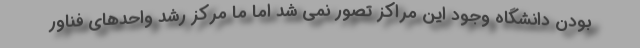
بودن دانشگاه وجود این مراکز تصور نمی شد اما ما مرکز رشد واحدهای فناور